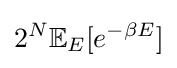
2^{N}\mathbb {E} _{E}[e^{-\beta E}]